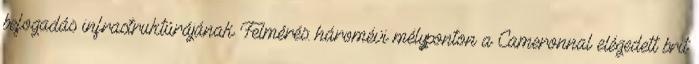
befogadás infrastruktúrájának Felmérés: háromévi mélyponton a Cameronnal elégedett brit